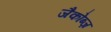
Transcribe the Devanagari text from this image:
जैकोब्ज़